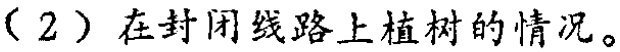
（2）在封闭线路上植树的情况。